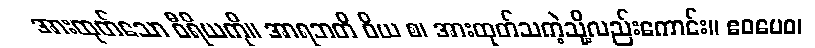
အားထုတ်သော ဝီရိယကို။ အာရဘတိ ဝိယ စ၊ အားထုတ်သကဲ့သို့လည်းကောင်း။ ဧဝမေဝ၊